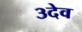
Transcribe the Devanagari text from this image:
३देव